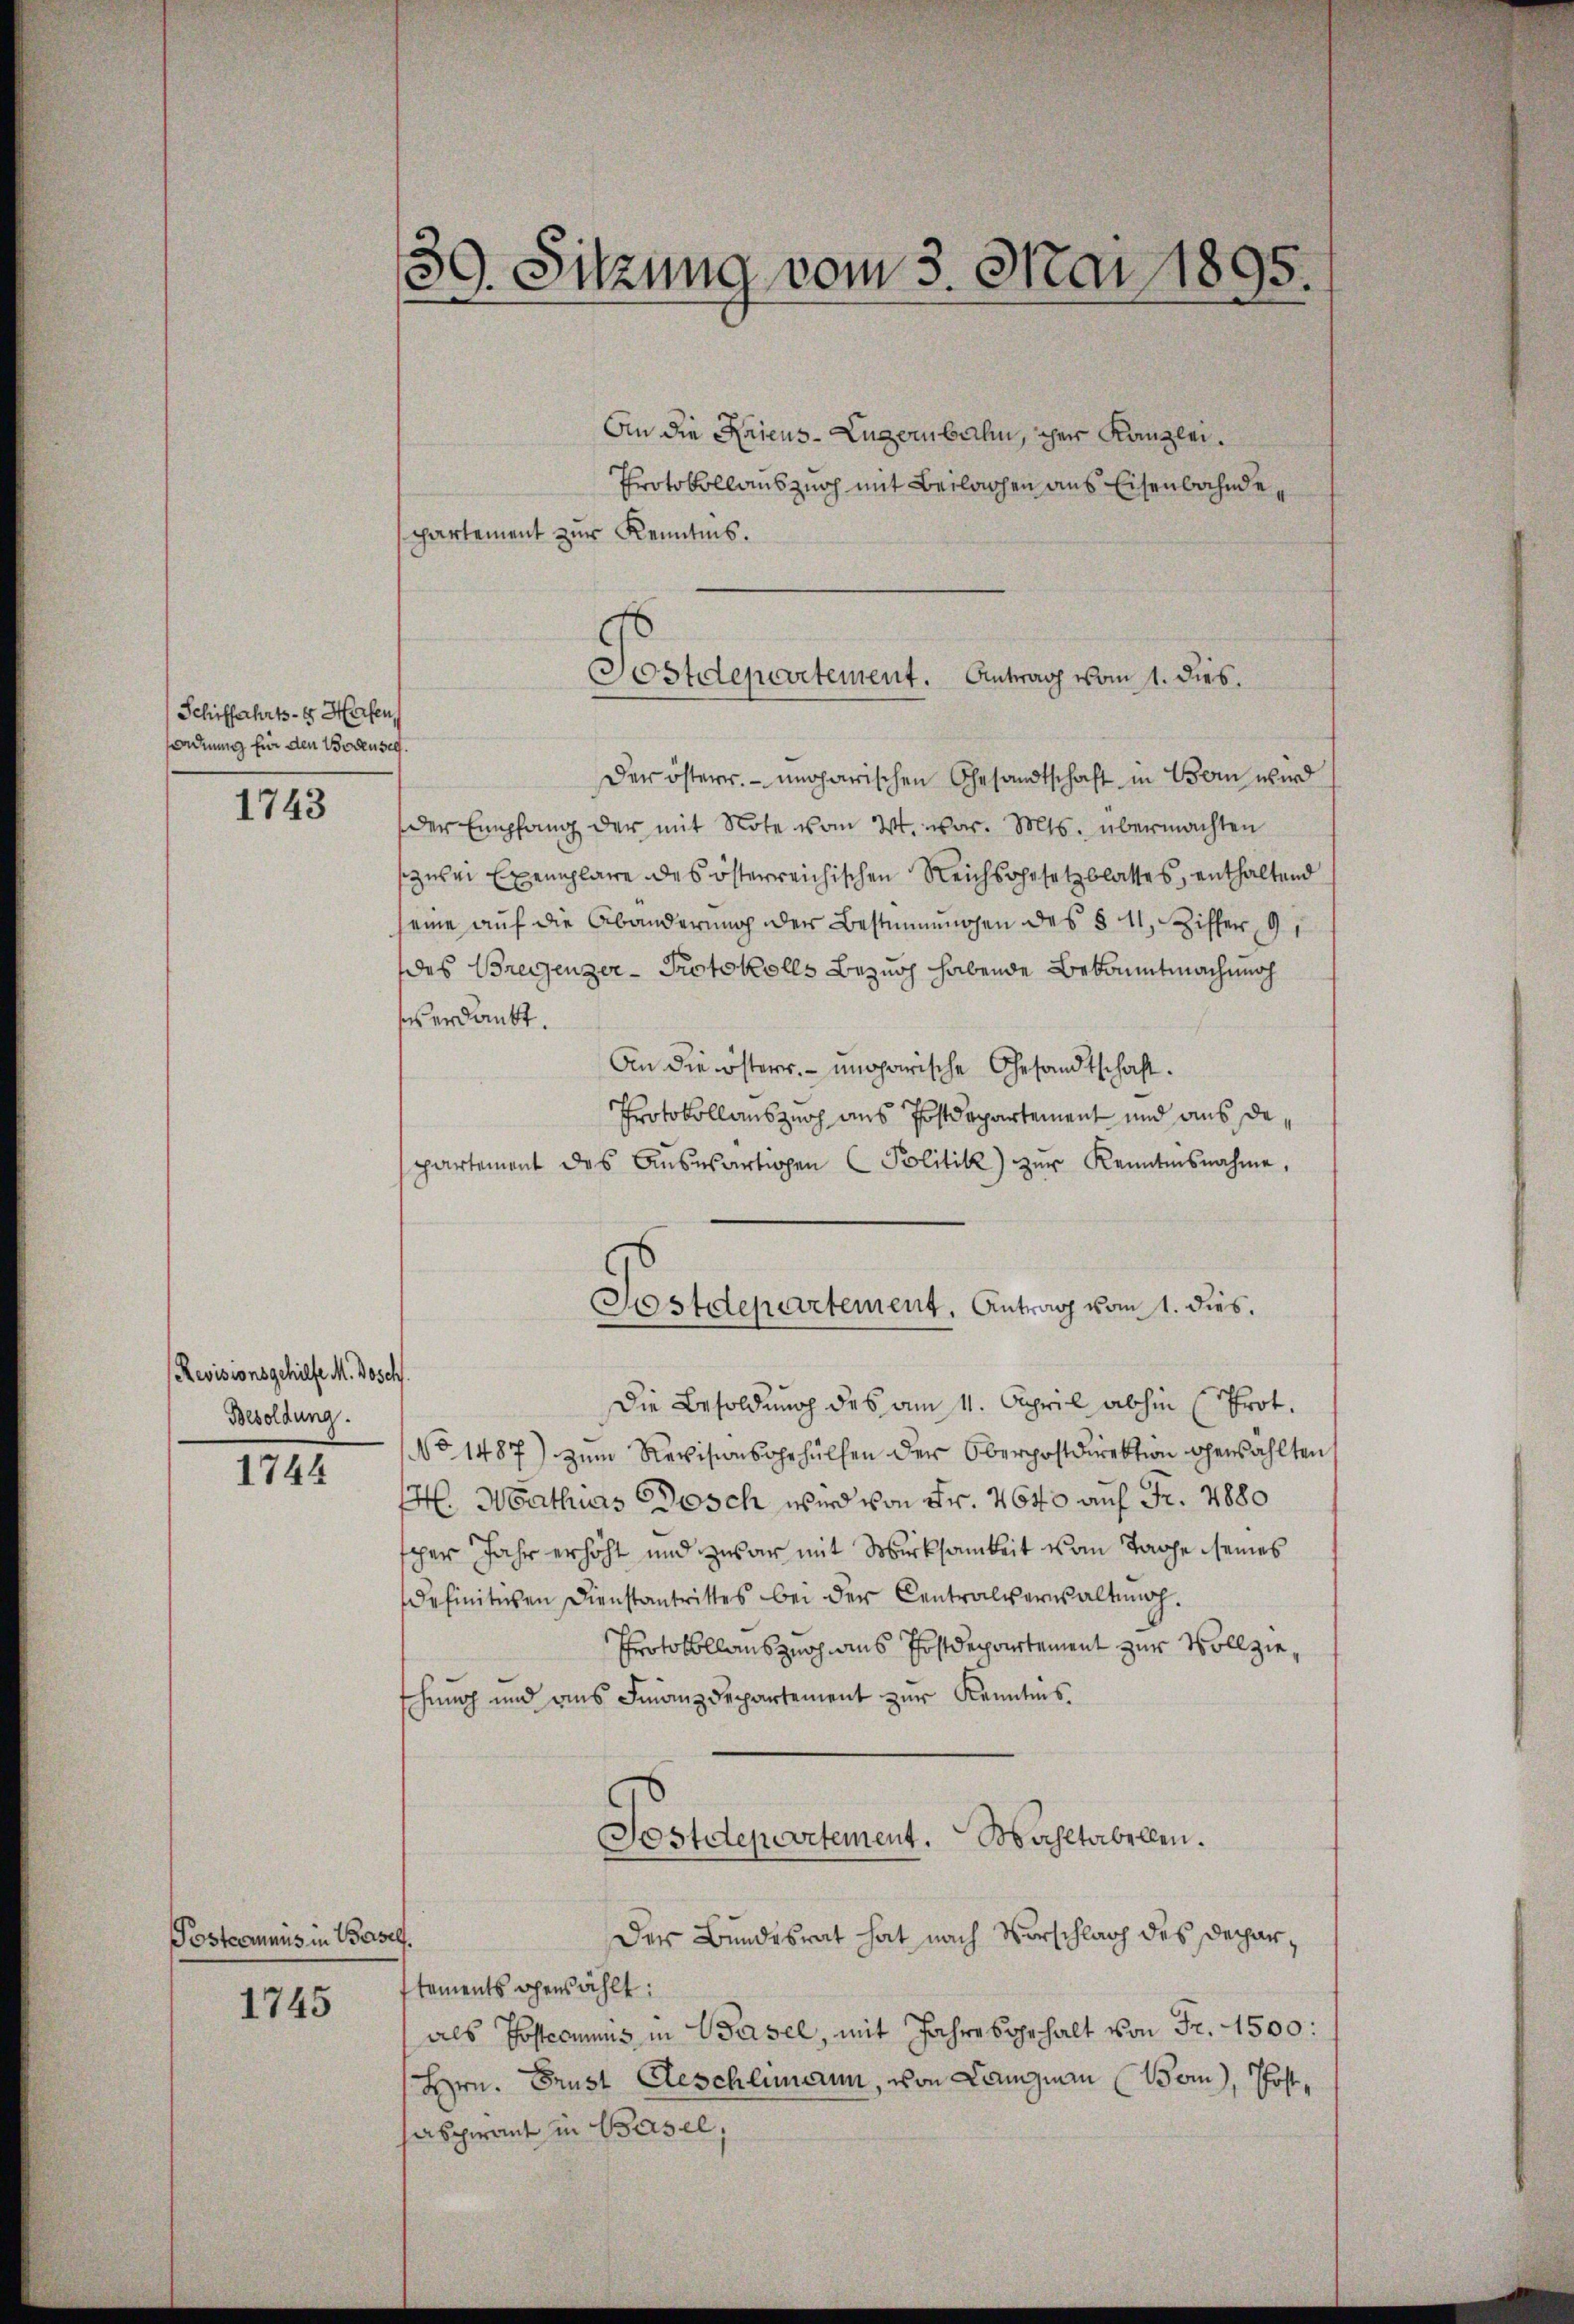
Schiffahrts-G. Harfen,
ordnung für den Bodensee.

1743

Revisionsgehilfe M. Bosch
Besoldung.

1744

Posteaunis in Basel.

1745

39. Sitzung vom 3. Mai 1895.

An die Kriens-Lugerbahn, iherr Kanzlei.
Protokollauszug mit Beilagen aus Eisenbahndepartement zur Kenntnis.
Der österr. ungarischen Gesandtschaft in Bern wird
der Empfang der mit Note vom 2t. war. Mts. übermachten
szwei Exemplare des österreichischen Reichsgesetzblattes, enthaltend
eine auf die Abänderŭng der Bestimmungen des § 11, Ziffer, 9
des Bregenzer-Protokolls Bezug habende Bekanntmachenoch
ses erdankt.
An die österr. ungarische Gesandtschaft.
Protokollauszug aus Postdepartement und aus departement des Aŭswärtigen Politik) zŭr Kenntnisnahme,
Die Besoldung des am 4. April abhin (Prot.
No 1487) zum Revisionsgehülfen der Oberpostdirektion gewählten
H. Mathias Posch wird von Fr. 4640 auf Fr. 1880
sper Jahr erhöht und zwar mit Wirksamkeit vom Tage seines
definitiven Dienstantrittes bei der Centralversaltŭng.
Protokollauszug aus Postdepartement zur Vollzieschung und dens Finanzdepartement zur Kenntnis.
Postdepartement. Wahltabellen.
Der Bundesrat hat nach Vorschlag des Decharstements ohenzählt:
als Postecimus in Basel, mit Jahresgehalt von Fr. 1500:
Hrn. Brust Geschlimann, von Langnau (Bom), Posthaspirant in Basel,

d
Sostdepartement. Antrag vom 1. dies.

Postdepartement. Antrag vom 1. dies